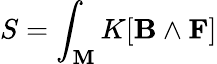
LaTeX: S=\int_{\mathbf{M}}K[\mathbf{{B}}\wedge\mathbf{{F}}]